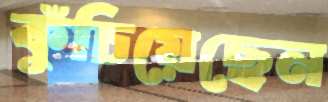
কুঁচিয়েছেন